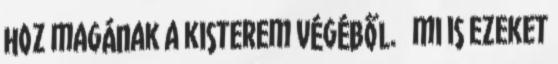
hoz magának a kisterem végéből. mi is ezeket